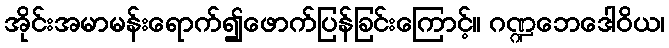
အိုင်းအမာမန်းရောက်၍ဖောက်ပြန်ခြင်းကြောင့်။ ဂဏ္ဍဘေဒေါဝိယ၊